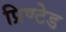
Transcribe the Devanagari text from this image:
प्रिण्टेड